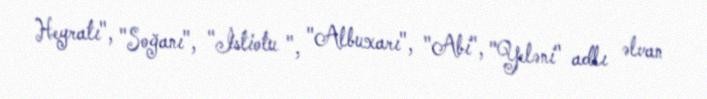
Heyratı", "Soğanı", "İstiotu ", "Albuxarı", "Abi", "Yeləni" adlı əlvan